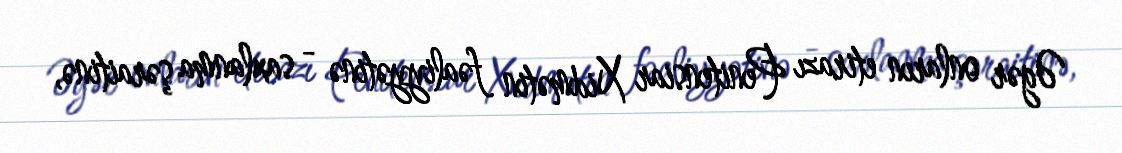
Əgər onların etirazı Penitensiar Xidmətin fəaliyyətinə - saxlanma şəraitinə,